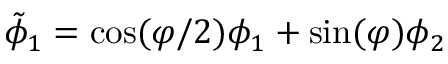
\tilde { \phi } _ { 1 } = \cos ( \varphi / 2 ) \phi _ { 1 } + \sin ( \varphi ) \phi _ { 2 }